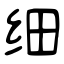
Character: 细